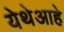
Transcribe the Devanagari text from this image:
येथेआहे